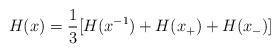
LaTeX: \begin{align*}H(x)=\frac{1}{3}[H(x^{-1})+H(x_{+})+H(x_{-})] \end{align*}